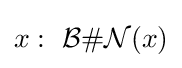
x:\ {\mathcal {B}}\#{\mathcal {N}}(x)